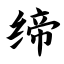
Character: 缔